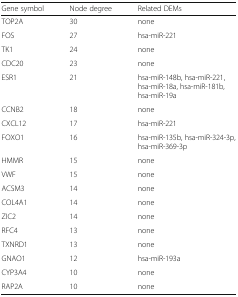
| Gene symbol | Node degree | Related DEMs |
 | --- | --- | --- |
 | TOP2A | 30 | none |
 | FOS | 27 | hsa-miR-221 |
 | TK1 | 24 | none |
 | CDC20 | 23 | none |
 | ESR1 | 21 | hsa-miR-148b, hsa-miR-221, hsa-miR-18a, hsa-miR-181b, hsa-miR-19a |
 | CCNB2 | 18 | none |
 | CXCL12 | 17 | hsa-miR-221 |
 | FOXO1 | 16 | hsa-miR-135b, hsa-miR-324-3p, hsa-miR-369-3p |
 | HMMR | 15 | none |
 | VWF | 15 | none |
 | ACSM3 | 14 | none |
 | COL4A1 | 14 | none |
 | ZIC2 | 14 | none |
 | RFC4 | 13 | none |
 | TXNRD1 | 13 | none |
 | GNAO1 | 12 | hsa-miR-193a |
 | CYP3A4 | 10 | none |
 | RAP2A | 10 | none |